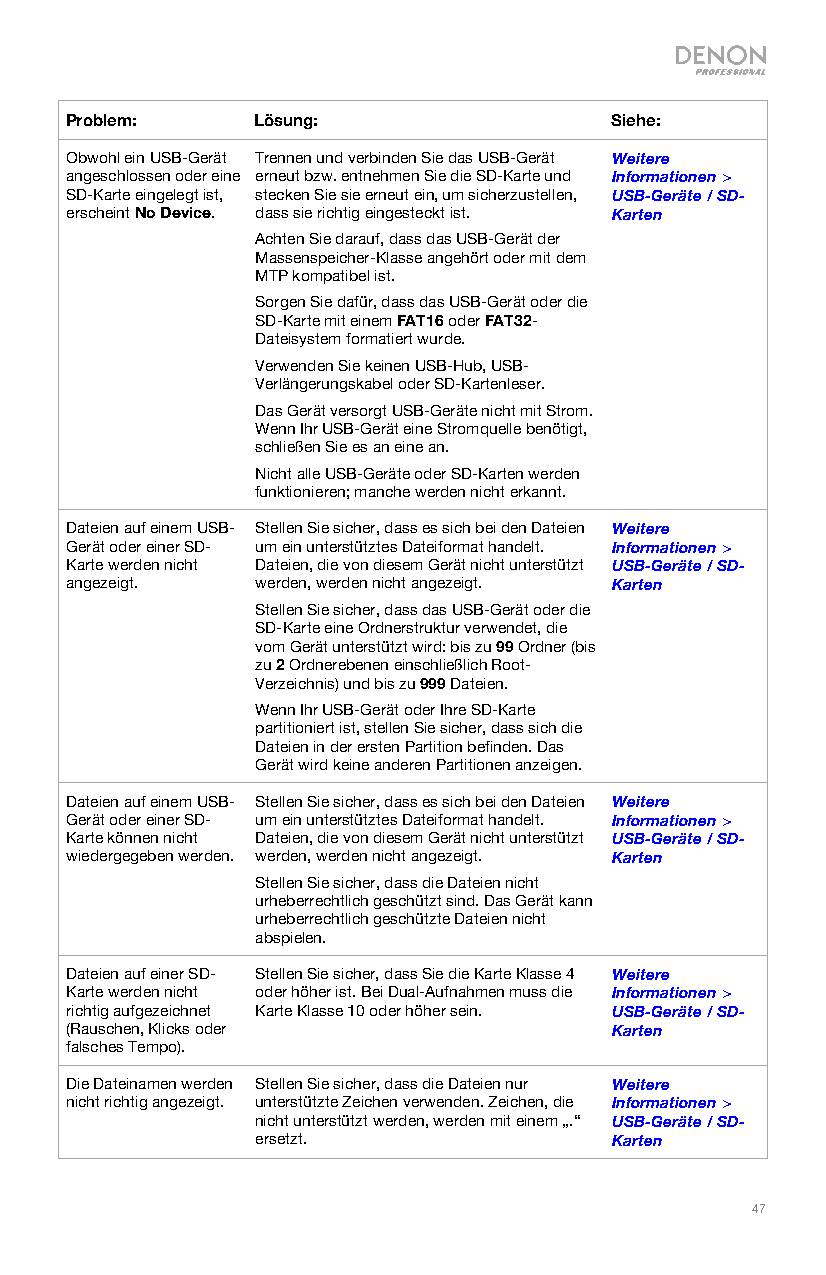
Problem:     Lösung:                Siehe:
 Obwohl ein USB-Gerät Trennen und verbinden Sie das USB-Gerät Weitere
 angeschlossen oder eine erneut bzw. entnehmen Sie die SD-Karte und Informationen >
 SD-Karte eingelegt ist, stecken Sie sie erneut ein, um sicherzustellen, USB-Geräte / SD-
 erscheint No Device. dass sie richtig eingesteckt ist. Karten
 Achten Sie darauf, dass das USB-Gerät der
 Massenspeicher-Klasse angehört oder mit dem
 MTP kompatibel ist.
 Sorgen Sie dafür, dass das USB-Gerät oder die
 SD-Karte mit einem FAT16 oder FAT32-
 Dateisystem formatiert wurde.
 Verwenden Sie keinen USB-Hub, USB-
 Verlängerungskabel oder SD-Kartenleser.
 Das Gerät versorgt USB-Geräte nicht mit Strom.
 Wenn Ihr USB-Gerät eine Stromquelle benötigt,
 schließen Sie es an eine an.
 Nicht alle USB-Geräte oder SD-Karten werden
 funktionieren; manche werden nicht erkannt.
 Dateien auf einem USB- Stellen Sie sicher, dass es sich bei den Dateien Weitere
 Gerät oder einer SD- um ein unterstütztes Dateiformat handelt. Informationen >
 Karte werden nicht Dateien, die von diesem Gerät nicht unterstützt USB-Geräte / SD-
 angezeigt.   werden, werden nicht angezeigt. Karten
 Stellen Sie sicher, dass das USB-Gerät oder die
 SD-Karte eine Ordnerstruktur verwendet, die
 vom Gerät unterstützt wird: bis zu 99 Ordner (bis
 zu 2 Ordnerebenen einschließlich Root-
 Verzeichnis) und bis zu 999 Dateien.
 Wenn Ihr USB-Gerät oder Ihre SD-Karte
 partitioniert ist, stellen Sie sicher, dass sich die
 Dateien in der ersten Partition befinden. Das
 Gerät wird keine anderen Partitionen anzeigen.
 Dateien auf einem USB- Stellen Sie sicher, dass es sich bei den Dateien Weitere
 Gerät oder einer SD- um ein unterstütztes Dateiformat handelt. Informationen >
 Karte können nicht Dateien, die von diesem Gerät nicht unterstützt USB-Geräte / SD-
 wiedergegeben werden. werden, werden nicht angezeigt. Karten
 Stellen Sie sicher, dass die Dateien nicht
 urheberrechtlich geschützt sind. Das Gerät kann
 urheberrechtlich geschützte Dateien nicht
 abspielen.
 Dateien auf einer SD- StellenSiesicher,dassSiedieKarteKlasse4 Weitere
 Karte werden nicht oder höher ist. Bei Dual-Aufnahmen muss die Informationen >
 richtig aufgezeichnet Karte Klasse 10 oder höher sein. USB-Geräte / SD-
 (Rauschen, Klicks oder              Karten
 falsches Tempo).
 Die Dateinamen werden Stellen Sie sicher, dass die Dateien nur Weitere
 nicht richtig angezeigt. unterstützte Zeichen verwenden. Zeichen, die Informationen >
 nicht unterstützt werden, werden mit einem „.“ USB-Geräte / SD-
 ersetzt.               Karten
 47